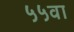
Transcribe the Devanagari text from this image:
५५वा